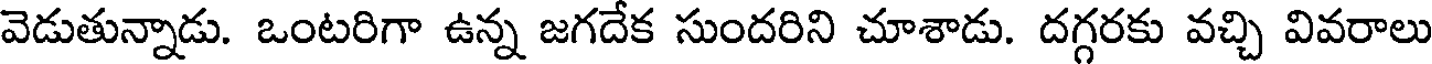
వెడుతున్నాడు. ఒంటరిగా ఉన్న జగదేక సుందరిని చూశాడు. దగ్గరకు వచ్చి వివరాలు